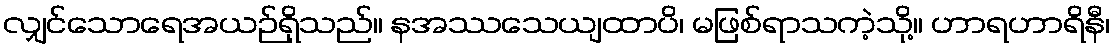
လျှင်သောရေအယဉ်ရှိသည်။ နအဿသေယျထာပိ၊ မဖြစ်ရာသကဲ့သို့။ ဟာရဟာရိနီ၊